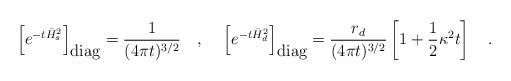
LaTeX: \begin{align*}\left[e^{-t\bar{H}_s^2}\right]_{\mbox{diag}}={1 \over (4\pi t)^{3/2}}~~~,{}~~~\left[ e^{-t\bar{H}_d^2}\right]_{\mbox{diag}}={r_d \over (4\pi t)^{3/2}}\left[1+\frac 12 \kappa^2 t\right]~~~.\end{align*}